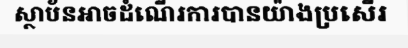
ស្ថាប័នអាចដំណើរការបានយ៉ាងប្រសើរ